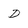
Character: D